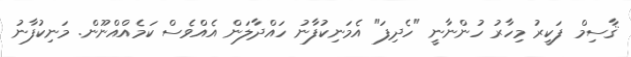
ޤާސިމް ފަކީރު މިހާރު ހުންނާނީ "ހެދިފަ" އެމަނިކުފާނު ހައްދާލަން އެއްވެސް ކަމެއްއްނޫން. މަނިކުފާނު